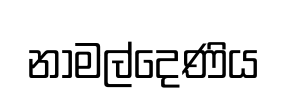
නාමල්දෙණිය